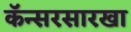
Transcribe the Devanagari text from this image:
कॅन्सरसारखा